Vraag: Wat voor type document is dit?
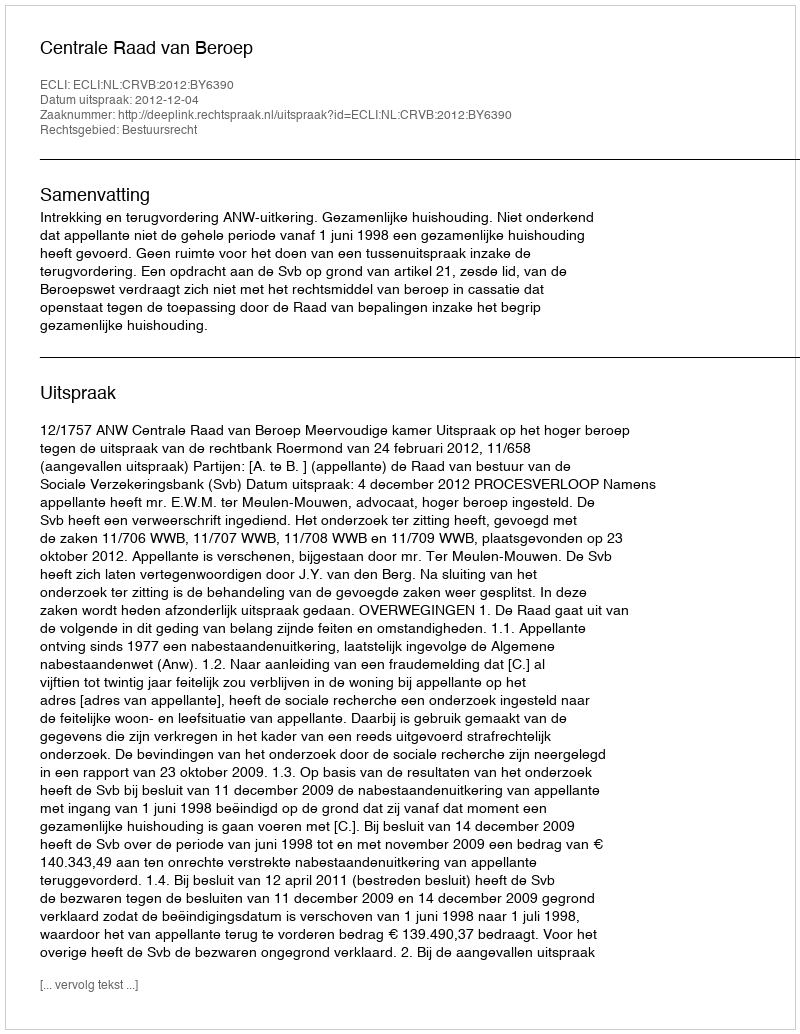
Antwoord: Uitspraak